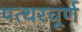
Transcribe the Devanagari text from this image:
पत्थरचूर्ण